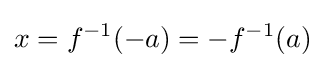
x=f^{-1}(-a)=-f^{-1}(a)